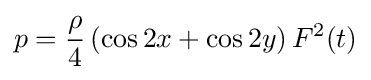
p={\frac {\rho }{4}}\left(\cos 2x+\cos 2y\right)F^{2}(t)